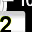
Digit: 2